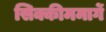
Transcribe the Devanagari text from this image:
सिक्कीममार्गे